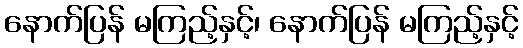
နောက်ပြန် မကြည့်နှင့်၊ နောက်ပြန် မကြည့်နှင့်